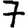
Digit: 7